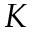
K